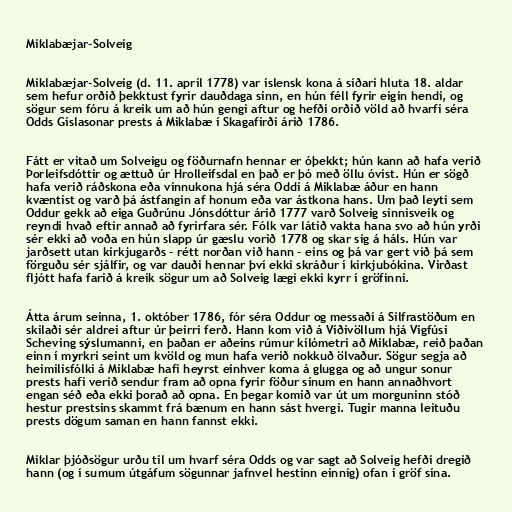
Miklabæjar-Solveig

Miklabæjar-Solveig (d. 11. apríl 1778) var íslensk kona á síðari hluta 18. aldar
sem hefur orðið þekktust fyrir dauðdaga sinn, en hún féll fyrir eigin hendi, og
sögur sem fóru á kreik um að hún gengi aftur og hefði orðið völd að hvarfi séra
Odds Gíslasonar prests á Miklabæ í Skagafirði árið 1786.

Fátt er vitað um Solveigu og föðurnafn hennar er óþekkt; hún kann að hafa verið
Þorleifsdóttir og ættuð úr Hrolleifsdal en það er þó með öllu óvíst. Hún er sögð
hafa verið ráðskona eða vinnukona hjá séra Oddi á Miklabæ áður en hann
kvæntist og varð þá ástfangin af honum eða var ástkona hans. Um það leyti sem
Oddur gekk að eiga Guðrúnu Jónsdóttur árið 1777 varð Solveig sinnisveik og
reyndi hvað eftir annað að fyrirfara sér. Fólk var látið vakta hana svo að hún yrði
sér ekki að voða en hún slapp úr gæslu vorið 1778 og skar sig á háls. Hún var
jarðsett utan kirkjugarðs - rétt norðan við hann - eins og þá var gert við þá sem
förguðu sér sjálfir, og var dauði hennar því ekki skráður í kirkjubókina. Virðast
fljótt hafa farið á kreik sögur um að Solveig lægi ekki kyrr í gröfinni.

Átta árum seinna, 1. október 1786, fór séra Oddur og messaði á Silfrastöðum en
skilaði sér aldrei aftur úr þeirri ferð. Hann kom við á Víðivöllum hjá Vigfúsi
Scheving sýslumanni, en þaðan er aðeins rúmur kílómetri að Miklabæ, reið þaðan
einn í myrkri seint um kvöld og mun hafa verið nokkuð ölvaður. Sögur segja að
heimilisfólki á Miklabæ hafi heyrst einhver koma á glugga og að ungur sonur
prests hafi verið sendur fram að opna fyrir föður sínum en hann annaðhvort
engan séð eða ekki þorað að opna. En þegar komið var út um morguninn stóð
hestur prestsins skammt frá bænum en hann sást hvergi. Tugir manna leituðu
prests dögum saman en hann fannst ekki.

Miklar þjóðsögur urðu til um hvarf séra Odds og var sagt að Solveig hefði dregið
hann (og í sumum útgáfum sögunnar jafnvel hestinn einnig) ofan í gröf sína.